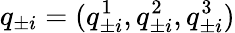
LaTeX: {q}_{\pm i}=(q_{\pm i}^{1},q_{\pm i}^{2},q_{\pm i}^{3})